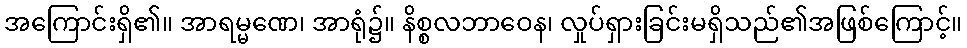
အကြောင်းရှိ၏။ အာရမ္မဏေ၊ အာရုံ၌။ နိစ္စလဘာဝေန၊ လှုပ်ရှားခြင်းမရှိသည်၏အဖြစ်ကြောင့်။